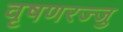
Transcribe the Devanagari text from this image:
वृषणरज्जु